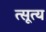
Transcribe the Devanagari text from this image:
त्सूत्य